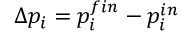
\Delta p _ { i } = p _ { i } ^ { f i n } - p _ { i } ^ { i n }